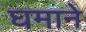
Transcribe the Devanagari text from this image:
घमाने